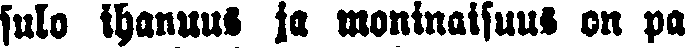
sulo ihanuus ja moninaisuus on pa